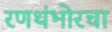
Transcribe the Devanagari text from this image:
रणथंभोरचा